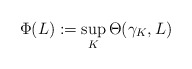
\begin{align*}\Phi(L)&:=\sup_K\Theta(\gamma_K,L)\end{align*}